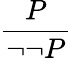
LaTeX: \frac{P}{\neg\neg P}